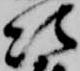
次